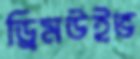
ড্রিমউইভ